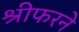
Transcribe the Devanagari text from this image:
श्रीफरने